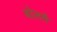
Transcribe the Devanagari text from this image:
बोलतै